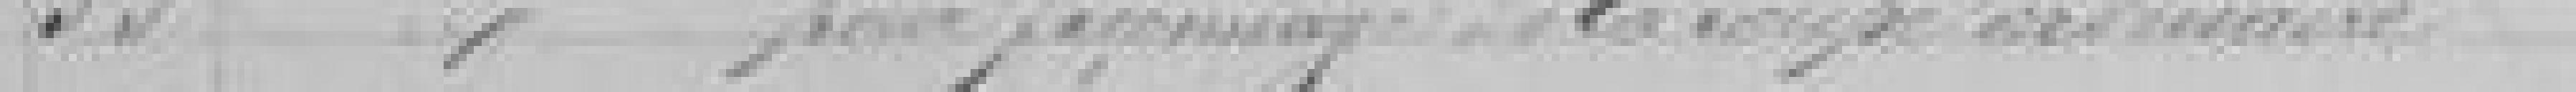
35. Supplément pour façonnage de la coupe ordinaire